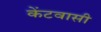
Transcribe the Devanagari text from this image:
केंटवासी